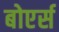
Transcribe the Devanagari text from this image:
बोएर्स